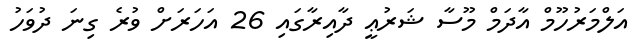
އަލްމަރުހޫމް އާދަމް މޫސާ ޝަރުޢީ ދާއިރާގައި 26 އަހަރަށް ވުރެ ގިނަ ދުވަހު